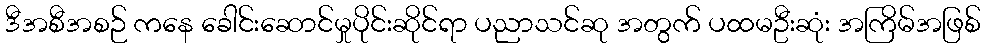
ဒီအစီအစဉ် ကနေ ခေါင်းဆောင်မှုပိုင်းဆိုင်ရာ ပညာသင်ဆု အတွက် ပထမဦးဆုံး အကြိမ်အဖြစ်